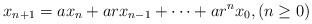
LaTeX: \begin{align*}x_{n+1}=ax_n+arx_{n-1}+\cdots+ar^nx_0, (n\geq 0)\end{align*}